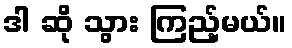
ဒါ ဆို သွား ကြည့်မယ်။